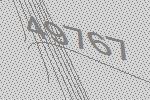
49767